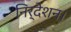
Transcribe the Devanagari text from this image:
निर्देशन।